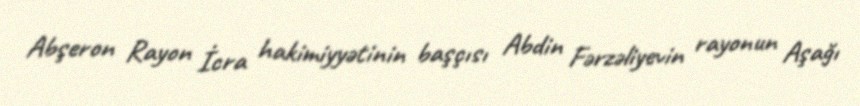
Abşeron Rayon İcra hakimiyyətinin başçısı Abdin Fərzəliyevin rayonun Aşağı